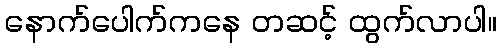
နောက်ပေါက်ကနေ တဆင့် ထွက်လာပါ။